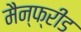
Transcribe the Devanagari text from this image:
मैन्फ्रीड